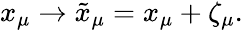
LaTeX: x_{\mu}\to\tilde{x}_{\mu}=x_{\mu}+\zeta_{\mu}.